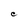
Character: C